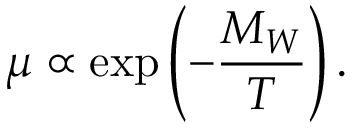
\mu \propto \exp \left( - { \frac { M _ { W } } { T } } \right) .